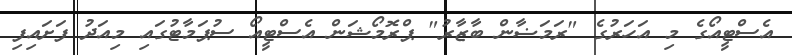
އެސްޓީއޯގެ މި އަހަރުގެ "ރަމަޟާން ބާޒާރު" ޕްރޮމޯޝަން އެސްޓީއޯ ސުޕަމާޓުގައި މިއަދު ފަށައިފި